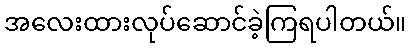
အလေးထားလုပ်ဆောင်ခဲ့ကြရပါတယ်။